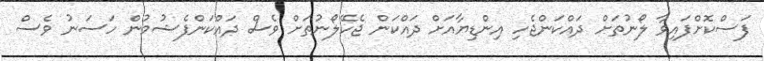
ފަސްކޮށްފައިވާ ލޯނުތަށް ދައްކަންޖެހި އިންޑިޔާއަށް ދައްކަން ޖެހޭލޯނުތަށް ވެސް ދައްކަންފެޝުމުން ހަސަނު ވެސް